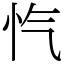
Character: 忾